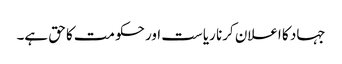
جہاد کا اعلان کرنا ریاست اور حکومت کا حق ہے۔